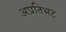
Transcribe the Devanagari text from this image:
अप्रतिभट